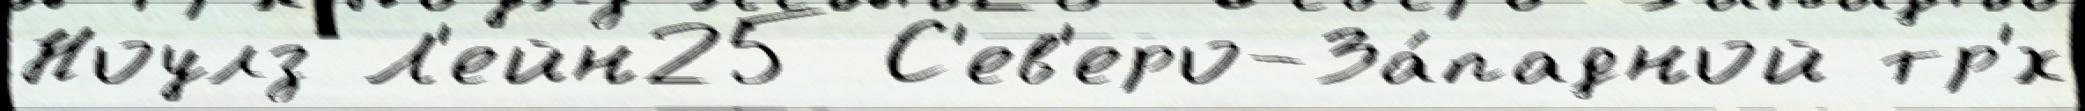
Ноулз Л'ейн25 С'ев'еро-За́падной тр'́х